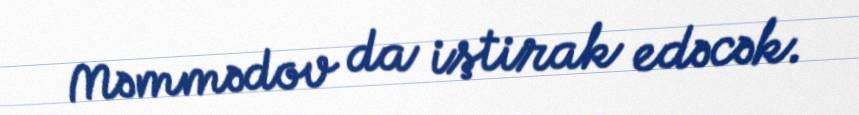
Məmmədov da iştirak edəcək.